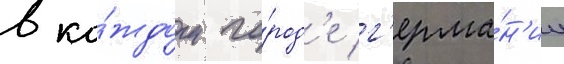
в ка́ждом го́род'е г'ерма́н'ии